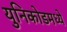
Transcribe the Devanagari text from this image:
युनिकोडमध्‍ये